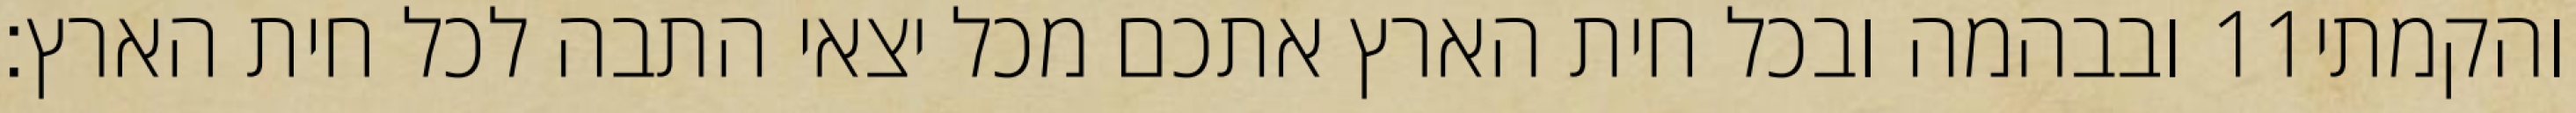
ובבהמה ובכל חית הארץ אתכם מכל יצאי התבה לכל חית הארץ׃ ‎11‏ והקמתי